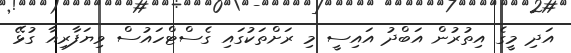
އަދި މީގެ އިތުރުން އަބްދު އައިސީ މި ރަށްތަކުގައި ގެސްޓްހައުސް ވިޔަފާރިއާ ގުޅޭ